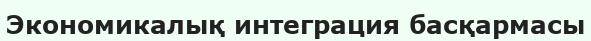
Экономикалық интеграция басқармасы